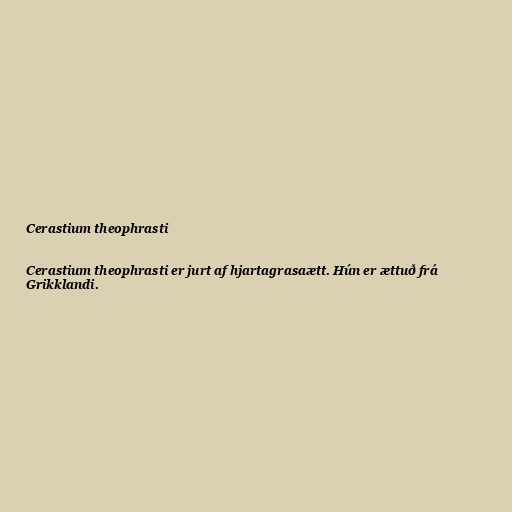
Cerastium theophrasti

Cerastium theophrasti er jurt af hjartagrasaætt. Hún er ættuð frá
Grikklandi.